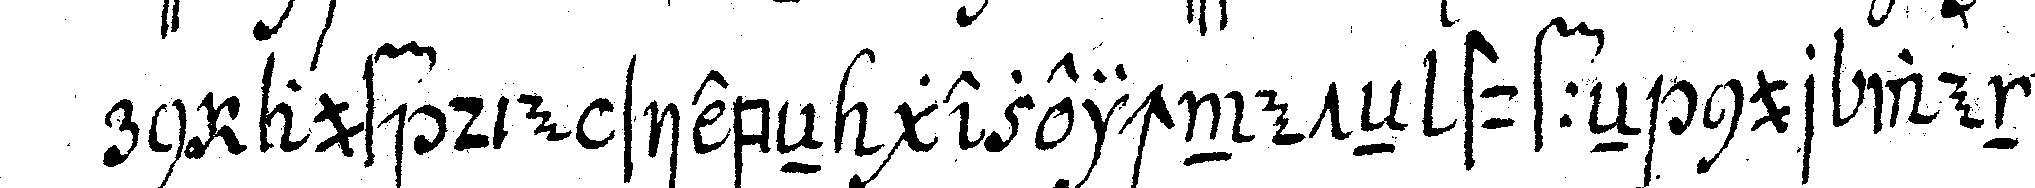
rn auf die siebeN gezeichneteN stuffeN nur wenig